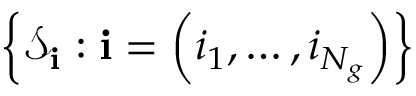
\left\{ { \mathcal S } _ { \mathbf i } : { \mathbf i } = \left( i _ { 1 } , \ldots , i _ { N _ { g } } \right) \right\}